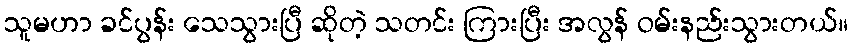
သူမဟာ ခင်ပွန်း သေသွားပြီ ဆိုတဲ့ သတင်း ကြားပြီး အလွန် ဝမ်းနည်းသွားတယ်။